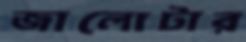
জালোটার